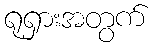
ရုရှားအတွက်